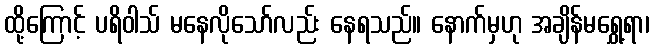
ထို့ကြောင့် ပရိဝါသ် မနေလိုသော်လည်း နေရသည်။ နောက်မှဟု အချိန်မရွှေ့ရာ၊